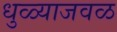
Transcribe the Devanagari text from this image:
धुळ्याजवळ